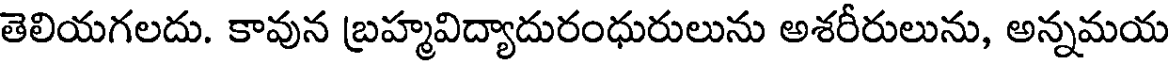
తెలియగలదు. కావున బ్రహ్మవిద్యాదురంధురులును అశరీరులును, అన్నమయ